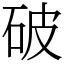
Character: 破